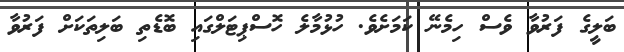
ބަލީގެ ފަރުވާ ވެސް ހިމެނޭ ކަމަށެވެ. ހުޅުމާލެ ހޮސްޕިޓަލްގައި ބޮޑެތި ބަލިތަކަށް ފަރުވާ